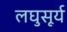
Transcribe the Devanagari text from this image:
लघुसूर्य